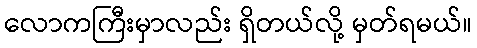
လောကကြီးမှာလည်း ရှိတယ်လို့ မှတ်ရမယ်။